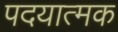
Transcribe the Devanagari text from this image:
पदयात्मक